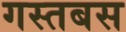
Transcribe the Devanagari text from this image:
गस्तबस